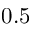
0 . 5